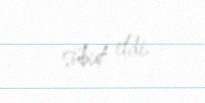
sübut etdi.